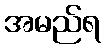
အမည်ရ